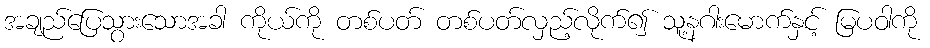
အချည်ပြေသွားသောအခါ ကိုယ်ကို တစ်ပတ် တစ်ပတ်လှည့်လိုက်၍ သူ့နဂါးမောက်နှင့် မြပဝါကို